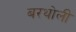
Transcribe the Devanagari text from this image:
बरथोली